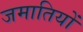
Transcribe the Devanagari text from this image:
जमातियों